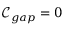
\mathcal { C } _ { g a p } = 0